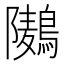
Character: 𮭏